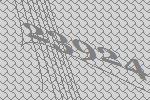
23924